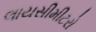
લાયસીમીટરો